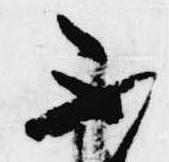
不